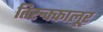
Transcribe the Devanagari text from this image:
तिरुक्कालूर